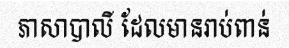
ភាសាបាលី ដែលមានរាប់ពាន់